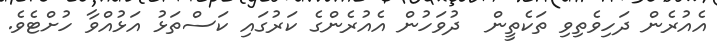
އެއުރެން ދަހިވެތިވި ތަކެތީން  ދުވަހުން އެއުރެންގެ ކަރުގައި ކަސްތަޅު އަޅުއްވާ ހުށްޓެވެ.